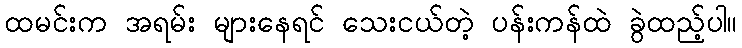
ထမင်းက အရမ်း များနေရင် သေးငယ်တဲ့ ပန်းကန်ထဲ ခွဲထည့်ပါ။